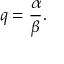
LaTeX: q = { \frac { \alpha } { \beta } } .